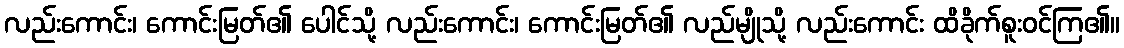
လည်းကောင်း၊ ကောင်းမြတ်၏ ပေါင်သို့ လည်းကောင်း၊ ကောင်းမြတ်၏ လည်မျိုသို့ လည်းကောင်း ထိခိုက်စူးဝင်ကြ၏။